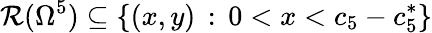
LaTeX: \mathcal{R}(\Omega^{5})\subseteq\{ (x,y)\, :\, 0<x<c_{5}-c_{5}^{*}\}